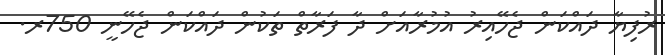
ރުފިޔާ ދައްކަން ޖެހޭއިރު އުމުރާއަށް ދާ ފަރާތް ތަކުން ދައްކަން ޖެހޭނީ 750ރ.